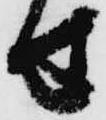
せ